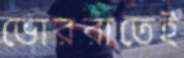
ভোররাতেই